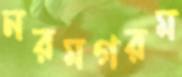
নরমগরম